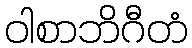
ဝါစာဘိဂီတံ